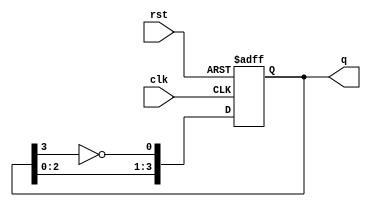
module johnson_counter (
    input wire clk,          // Clock input
    input wire rst,          // Asynchronous reset
    output reg [3:0] q       // 4-bit output for the Johnson counter
);

    // Asynchronous Johnson Counter Logic
    always @(posedge clk or posedge rst) begin
        if (rst) begin
            q <= 4'b0000;    // Reset state
        end else begin
            // Johnson counter state transition
            q[0] <= ~q[3];    // Inverted output of the last flip-flop
            q[1] <= q[0];     // Shift from first to second flip-flop
            q[2] <= q[1];     // Shift from second to third flip-flop
            q[3] <= q[2];     // Shift from third to fourth flip-flop
        end
    end

endmodule